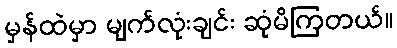
မှန်ထဲမှာ မျက်လုံးချင်း ဆုံမိကြတယ်။